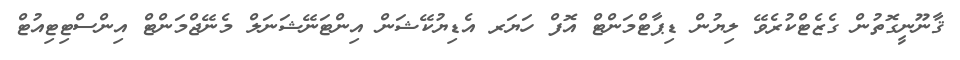
ޤާނޫނީގޮތުން ގެޒެޓްކުރެވޭ ލިޔުން ޑިޕާޓްމަންޓް އޮފް ހަޔަރ އެޑިޔުކޭޝަން އިންޓަނޭޝަނަލް މެނޭޖްމަންޓް އިންސްޓިޓިއުޓް